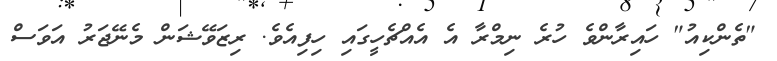
"ތެންކިއު" ހައިރާންވެ ހުރެ ނިމްރާ އެ އެއްޗެހީގައި ހިފިއެވެ. ރިޒަވޭޝަން މެނޭޖަރު އަވަސް